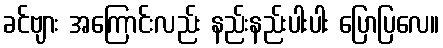
ခင်ဗျား အကြောင်းလည်း နည်းနည်းပါးပါး ပြောပြလေ။